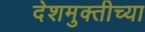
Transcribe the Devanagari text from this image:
देशमुक्तीच्या